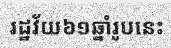
រដ្ឋវ័យ៦១ឆ្នាំរូបនេះ